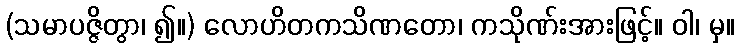
(သမာပဇ္ဇိတွာ၊ ၍။) လောဟိတကသိဏတော၊ ကသိုဏ်းအားဖြင့်။ ဝါ၊ မှ။